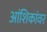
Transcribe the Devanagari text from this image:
आंशिकांवर